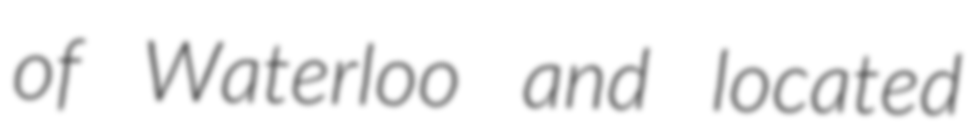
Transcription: of Waterloo and located